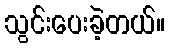
သွင်းပေးခဲ့တယ်။